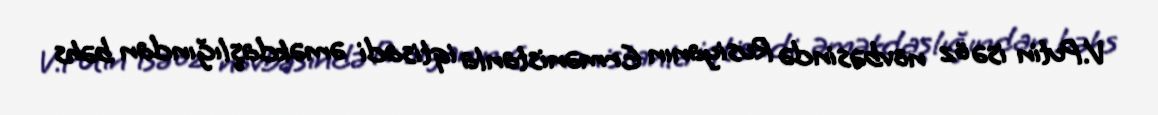
V.Putin isə öz növbəsində Rusiyanın Ermənistanla iqtisadi əməkdaşlığından bəhs